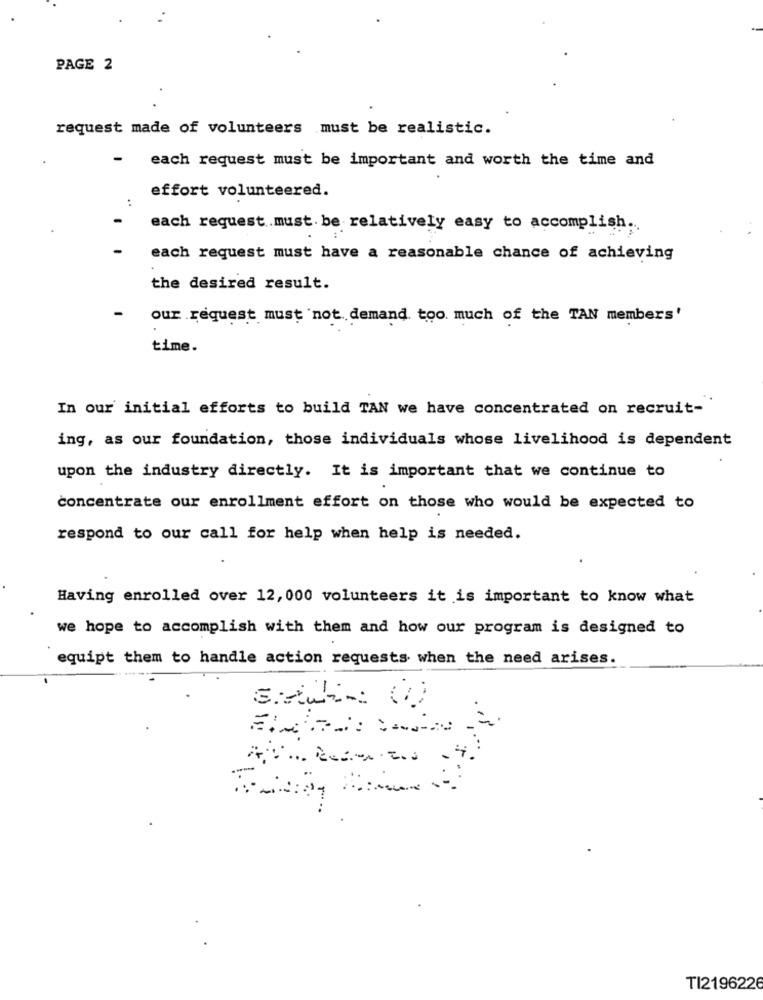
PAGE 2
request made of volunteers must be realistic.
each request must be important and worth the time and
effort volunteered.
each request.must. be relatively easy to accomplish ...
each request must have a reasonable chance of achieving
the desired result.
our request must not demand too much of the TAN members'
time.
In our initial efforts to build TAN we have concentrated on recruit-
ing, as our foundation, those individuals whose livelihood is dependent
upon the industry directly. It is important that we continue to
concentrate our enrollment effort on those who would be expected to
respond to our call for help when help is needed.
Having enrolled over 12, 000 volunteers it is important to know what
we hope to accomplish with them and how our program is designed to
equipt them to handle action requests when the need arises.
TI2196226